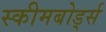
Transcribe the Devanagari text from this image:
स्कीमबोर्ड्स